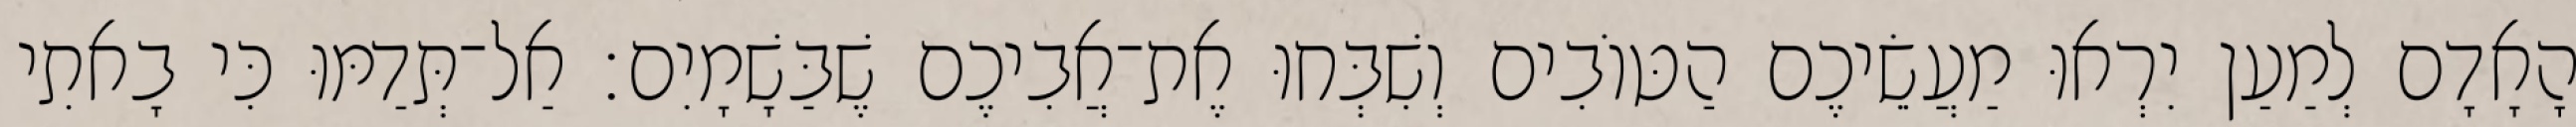
הָאָדָם לְמַעַן יִרְאוּ מַעֲשֵׂיכֶם הַטּוֹבִים וְשִׁבְּחוּ אֶת־אֲבִיכֶם שֶׁבַּשָׁמָיִם׃ אַל־תְּדַמּוּ כִּי בָאתִי